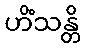
ဟိံသန္တိ